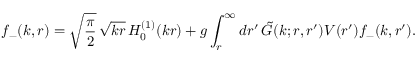
f _ { - } ( k , r ) = \sqrt { { \displaystyle { \frac { \pi } { 2 } } } } \, \sqrt { k r } \, H _ { 0 } ^ { ( 1 ) } ( k r ) + g \int _ { r } ^ { \infty } d r ^ { \prime } \, \tilde { G } ( k ; r , r ^ { \prime } ) V ( r ^ { \prime } ) f _ { - } ( k , r ^ { \prime } ) .